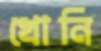
খোনি